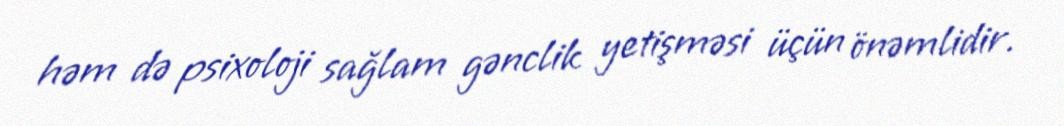
həm də psixoloji sağlam gənclik yetişməsi üçün önəmlidir.